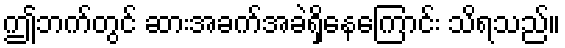
ဤဘက်တွင် ဆားအခက်အခဲရှိနေကြောင်း သိရသည်။